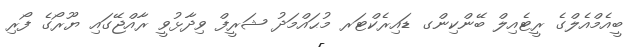
ބީއެމްއެލްގެ ރީޓެއިލް ބޭންކިންގ ޑައިރެކްޓަރ މުޙައްމަދު ޝަރީފް ވިދާޅުވީ ރާއްޖޭގައި ޔޫރޯގެ ފޯރި